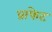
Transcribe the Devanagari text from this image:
प्राफेट